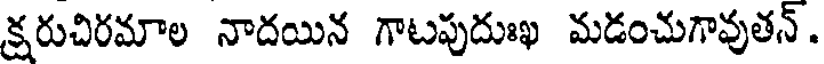
క్షరుచిరమాల నాదయిన గాటపుదుఃఖ మడంచుగావుతన్.